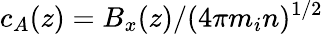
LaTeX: c_{A}(z)=B_{x}(z)/(4\pi m_{i}n)^{1/2}